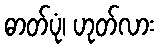
ဓာတ်ပုံ၊ ဟုတ်လား